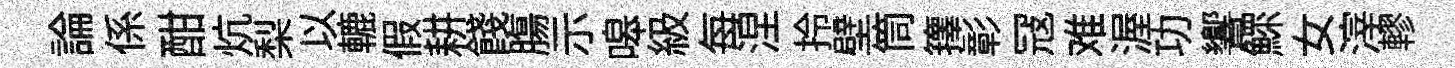
論係酣炕梨以轆假耕餞膓示嗥級每涅拎壁筒籜彰冦难渥功響鰥女滓轇